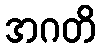
အဂတိ